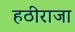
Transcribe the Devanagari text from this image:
हठीराजा